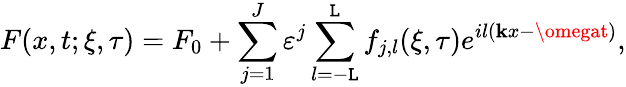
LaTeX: F(x,t;\xi,\tau)=F_{0}+\sum_{j=1}^{J}\varepsilon^{j}\sum_{l=-\mathtt{L}}^{\mathtt{L}}f_{j,l}(\xi,\tau)e^{il(\mathbf{k}x-\omegat)},